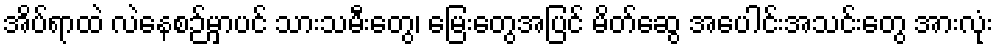
အိပ်ရာထဲ လဲနေစဉ်မှာပင် သားသမီးတွေ၊ မြေးတွေအပြင် မိတ်ဆွေ အပေါင်းအသင်းတွေ အားလုံး